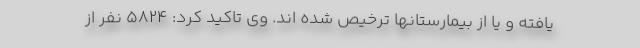
یافته و یا از بیمارستانها ترخیص شده اند. وی تاکید کرد: ۵۸۲۴ نفر از